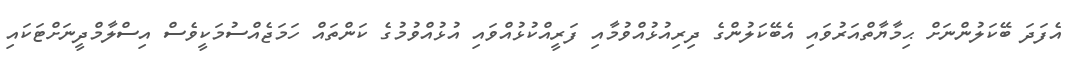
އެފަދަ ބޭކަލުންނަށް ޙިމާޔާތްއަރުވައި އެބޭކަލުންގެ ދިރިއުޅުއްވުމާއި ފަރީއްކުޅުއްވައި އުޅުއްވުމުގެ ކަންތައް ހަމަޖެއްސުމަކީވެސް އިސްލާމްދީނަށްޓަކައި